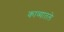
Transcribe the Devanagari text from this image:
काव्यातले